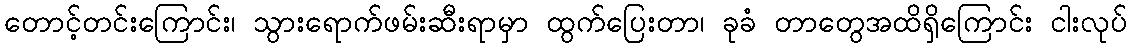
တောင့်တင်းကြောင်း၊ သွားရောက်ဖမ်းဆီးရာမှာ ထွက်ပြေးတာ၊ ခုခံ တာတွေအထိရှိကြောင်း ငါးလုပ်